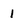
Character: 1